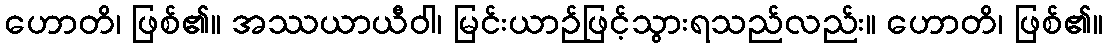
ဟောတိ၊ ဖြစ်၏။ အဿယာယီဝါ၊ မြင်းယာဉ်ဖြင့်သွားရသည်လည်း။ ဟောတိ၊ ဖြစ်၏။